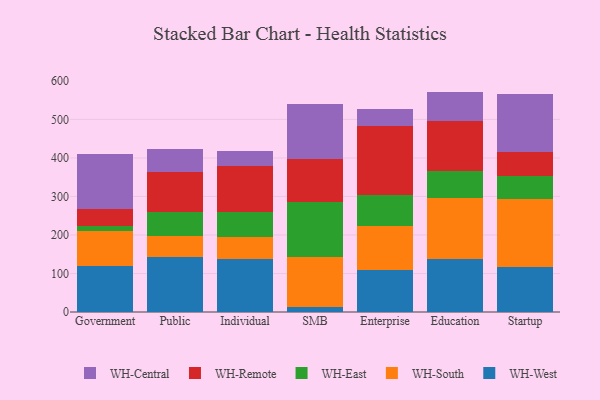
{"axis": {"x": "Segment", "y": "Operating Costs (USD K)"}, "legend": ["WH-Central", "WH-East", "WH-Remote", "WH-South", "WH-West"], "data": [{"x": "Government", "y": 120.6, "type": "WH-West"}, {"x": "Government", "y": 90.6, "type": "WH-South"}, {"x": "Government", "y": 13.3, "type": "WH-East"}, {"x": "Government", "y": 42.4, "type": "WH-Remote"}, {"x": "Government", "y": 142.1, "type": "WH-Central"}, {"x": "Public", "y": 144.1, "type": "WH-West"}, {"x": "Public", "y": 54.5, "type": "WH-South"}, {"x": "Public", "y": 61.3, "type": "WH-East"}, {"x": "Public", "y": 104.5, "type": "WH-Remote"}, {"x": "Public", "y": 59.6, "type": "WH-Central"}, {"x": "Individual", "y": 136.6, "type": "WH-West"}, {"x": "Individual", "y": 57.3, "type": "WH-South"}, {"x": "Individual", "y": 67.0, "type": "WH-East"}, {"x": "Individual", "y": 118.2, "type": "WH-Remote"}, {"x": "Individual", "y": 38.6, "type": "WH-Central"}, {"x": "SMB", "y": 12.7, "type": "WH-West"}, {"x": "SMB", "y": 129.3, "type": "WH-South"}, {"x": "SMB", "y": 144.2, "type": "WH-East"}, {"x": "SMB", "y": 111.3, "type": "WH-Remote"}, {"x": "SMB", "y": 141.4, "type": "WH-Central"}, {"x": "Enterprise", "y": 108.4, "type": "WH-West"}, {"x": "Enterprise", "y": 114.6, "type": "WH-South"}, {"x": "Enterprise", "y": 81.7, "type": "WH-East"}, {"x": "Enterprise", "y": 179.0, "type": "WH-Remote"}, {"x": "Enterprise", "y": 44.3, "type": "WH-Central"}, {"x": "Education", "y": 137.7, "type": "WH-West"}, {"x": "Education", "y": 158.2, "type": "WH-South"}, {"x": "Education", "y": 70.2, "type": "WH-East"}, {"x": "Education", "y": 129.1, "type": "WH-Remote"}, {"x": "Education", "y": 77.0, "type": "WH-Central"}, {"x": "Startup", "y": 116.2, "type": "WH-West"}, {"x": "Startup", "y": 178.2, "type": "WH-South"}, {"x": "Startup", "y": 57.8, "type": "WH-East"}, {"x": "Startup", "y": 62.7, "type": "WH-Remote"}, {"x": "Startup", "y": 150.3, "type": "WH-Central"}]}